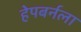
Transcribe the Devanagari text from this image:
हेपबर्नला